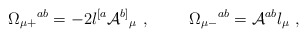
\begin{align*}\Omega_{\mu+}{}^{ab} = -2 l^{[a}{\cal A}^{b]}{}_\mu\ ,\hskip 1truecm\Omega_{\mu-}{}^{ab} = {\cal A}^{ab}l_\mu\ ,\end{align*}